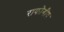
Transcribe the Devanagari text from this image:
राकोवीय